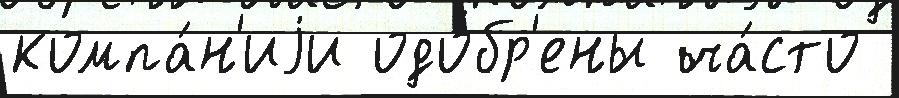
компа́н'иjи одо́бр'ены ча́сто